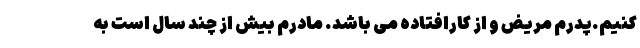
کنیم.پدرم مریض و از کارافتاده می باشد. مادرم بیش از چند سال است به